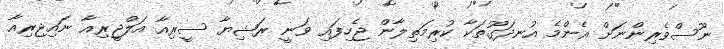
ނޫސްވެރިންނަށް އެންމެ އުނދަގޫތަކާ ކުރިމަތިލާން ޖެހިފައި ވަނީ ރަޝިޔާ ސީރިއާ އަލްޖީރިއާ ނައިޖިރިއާ